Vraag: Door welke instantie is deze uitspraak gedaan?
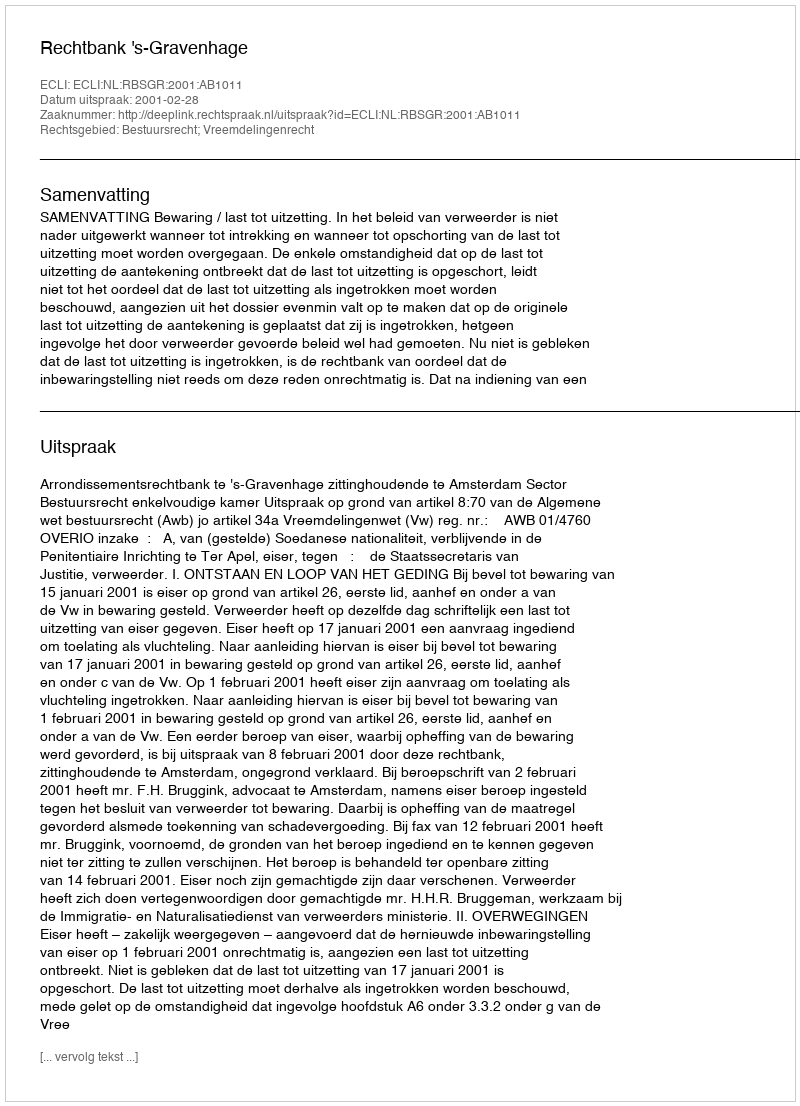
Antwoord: Rechtbank 's-Gravenhage